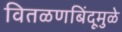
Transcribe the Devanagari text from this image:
वितळणबिंदूमुळे